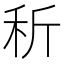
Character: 𥝹